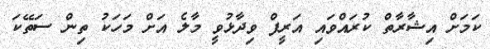
ކަމަށް އިޝާރާތް ކުރައްވައި އަރީފް ވިދާޅުވީ މާލެ އަށް މަހަކު ތިން ސަތޭކަ